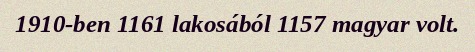
1910-ben 1161 lakosából 1157 magyar volt.